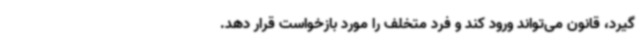
گیرد، قانون می‌تواند ورود کند و فرد متخلف را مورد بازخواست قرار دهد.